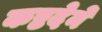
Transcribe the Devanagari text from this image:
कष्टदेने